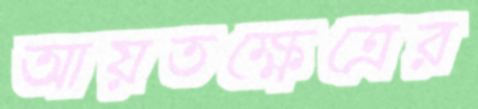
আয়তক্ষেত্রের